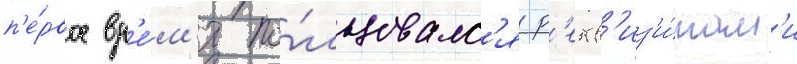
п'е́рвое вр'е́м'я по́льзовалс'я р'екв'из'и́там'и